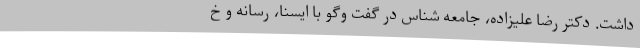
داشت. دکتر رضا علیزاده، جامعه شناس در گفت وگو با ایسنا، رسانه و خ